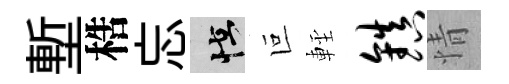
塹梏忘怪叵䡖镇情